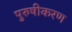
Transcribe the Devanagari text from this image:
पुरुषीकरण